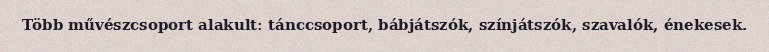
Több művészcsoport alakult: tánccsoport, bábjátszók, színjátszók, szavalók, énekesek.